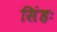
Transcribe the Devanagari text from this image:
सिंहः